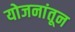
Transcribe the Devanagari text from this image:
योजनांतून